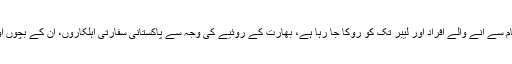
اطلاعات ہیں کہ ہائی کمیشن میں مختلف کام سے آنے والے افراد اور لیبر تک کو روکا جا رہا ہے، بھارت کے روئیے کی وجہ سے پاکستانی سفارتی اہلکاروں، ان کے بچوں اور خاندان کا وہاں رہنا نا ممکن ہو رہا ہے۔